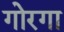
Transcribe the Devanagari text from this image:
गोरगा